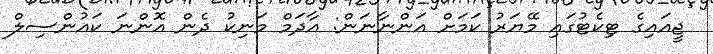
ޖީއައިގެ ޓިކެޓުގައި މޭޔަރު ކަމަށް އަންނާނަން: އާދަމް މަނިކު ދެން އޮންނަ ކައުންސިލް